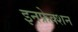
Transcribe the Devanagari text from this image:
इनफ्रेक्शन